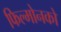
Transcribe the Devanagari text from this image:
फिल्मोनको